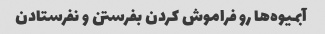
آبمیوه‌ها رو فراموش کردن بفرستن و نفرستادن